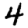
Digit: 4